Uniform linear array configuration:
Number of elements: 16
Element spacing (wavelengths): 1
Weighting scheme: uniform
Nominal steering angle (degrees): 60
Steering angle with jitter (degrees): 58.25
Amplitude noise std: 0.05
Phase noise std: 0.05

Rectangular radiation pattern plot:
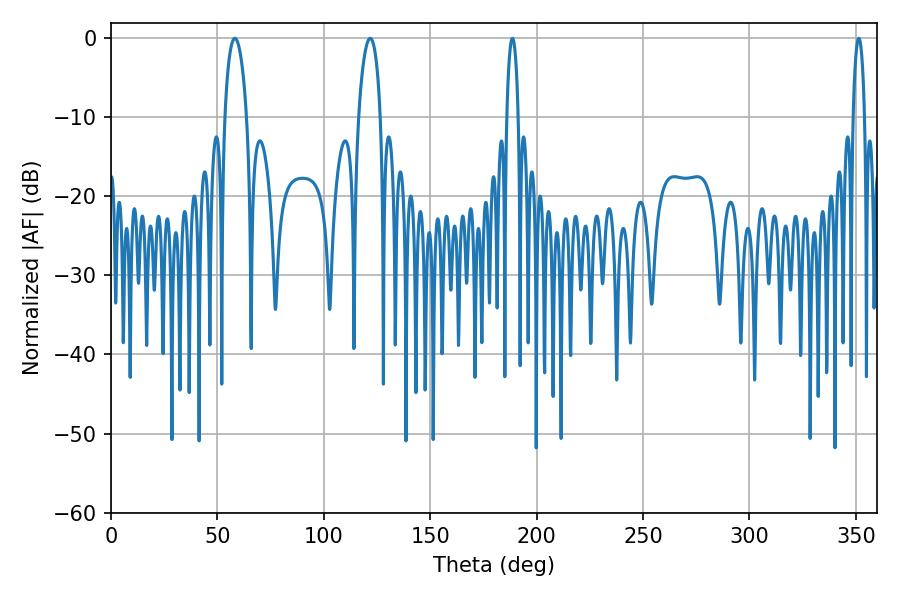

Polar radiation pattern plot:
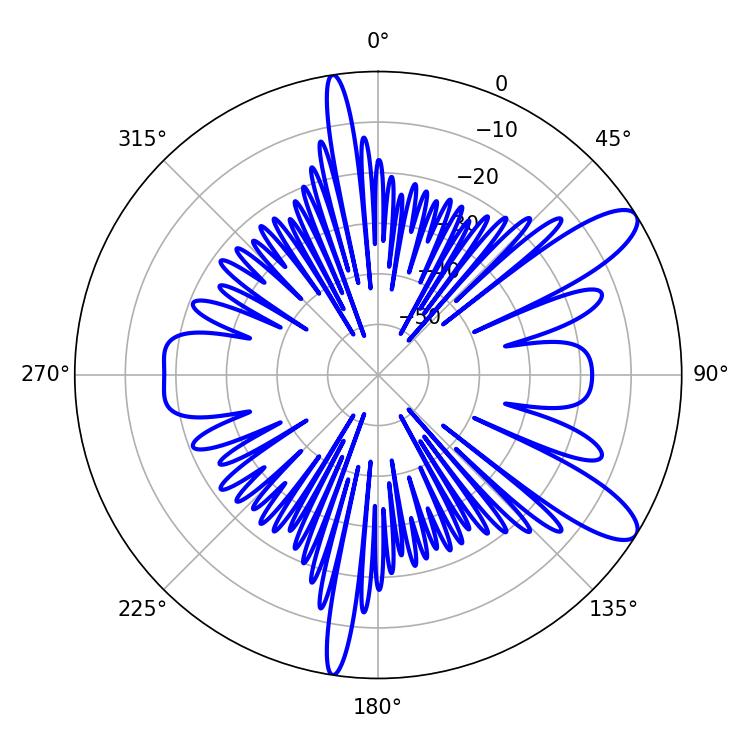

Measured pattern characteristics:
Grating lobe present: TRUE
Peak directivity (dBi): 10.603
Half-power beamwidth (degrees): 2.88
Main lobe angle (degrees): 188.64